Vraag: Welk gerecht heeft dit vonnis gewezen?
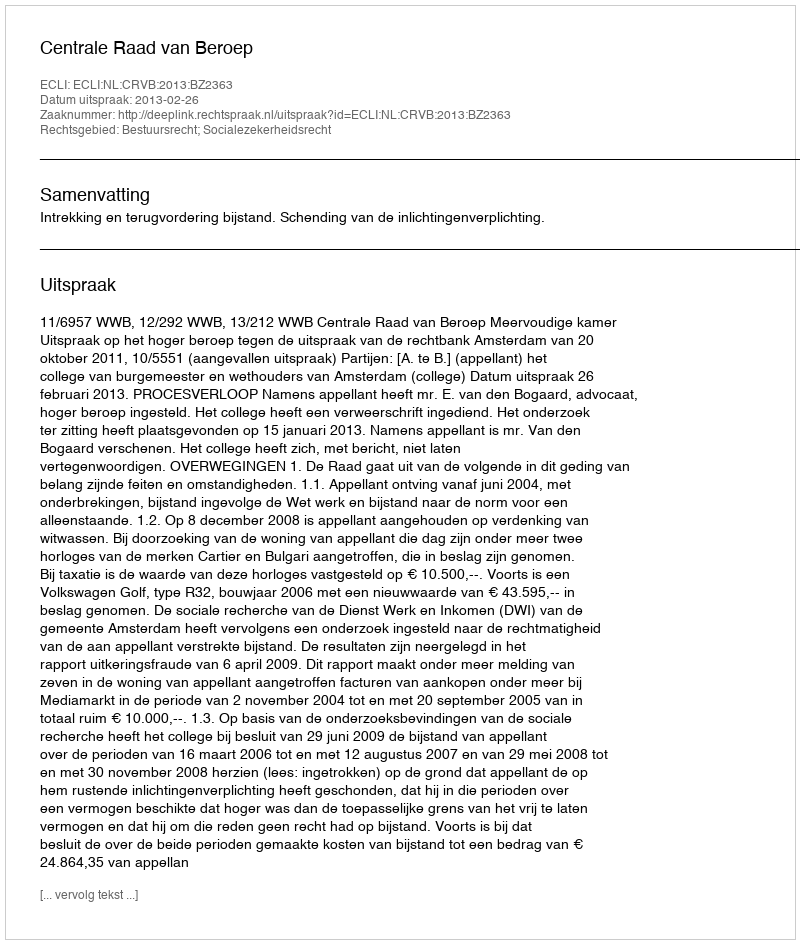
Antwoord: Centrale Raad van Beroep